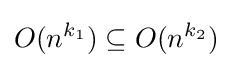
O(n^{k_{1}})\subseteq O(n^{k_{2}})